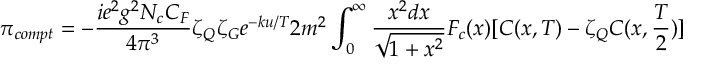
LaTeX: \pi _ { c o m p t } = - { \frac { i e ^ { 2 } g ^ { 2 } N _ { c } C _ { F } } { 4 \pi ^ { 3 } } } \zeta _ { Q } \zeta _ { G } e ^ { - k u / T } 2 m ^ { 2 } \int _ { 0 } ^ { \infty } { \frac { x ^ { 2 } d x } { \sqrt { 1 + x ^ { 2 } } } } { \cal F } _ { c } ( x ) [ C ( x , T ) - \zeta _ { Q } C ( x , { \frac { T } { 2 } } ) ]